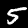
Label: 5